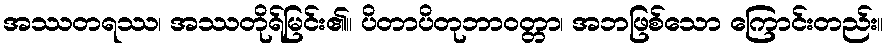
အဿတရဿ၊ အဿတိုရ်မြင်း၏။ ပိတာပိတုဘာဝတ္တာ၊ အဘဖြစ်သော ကြောင်းတည်း။